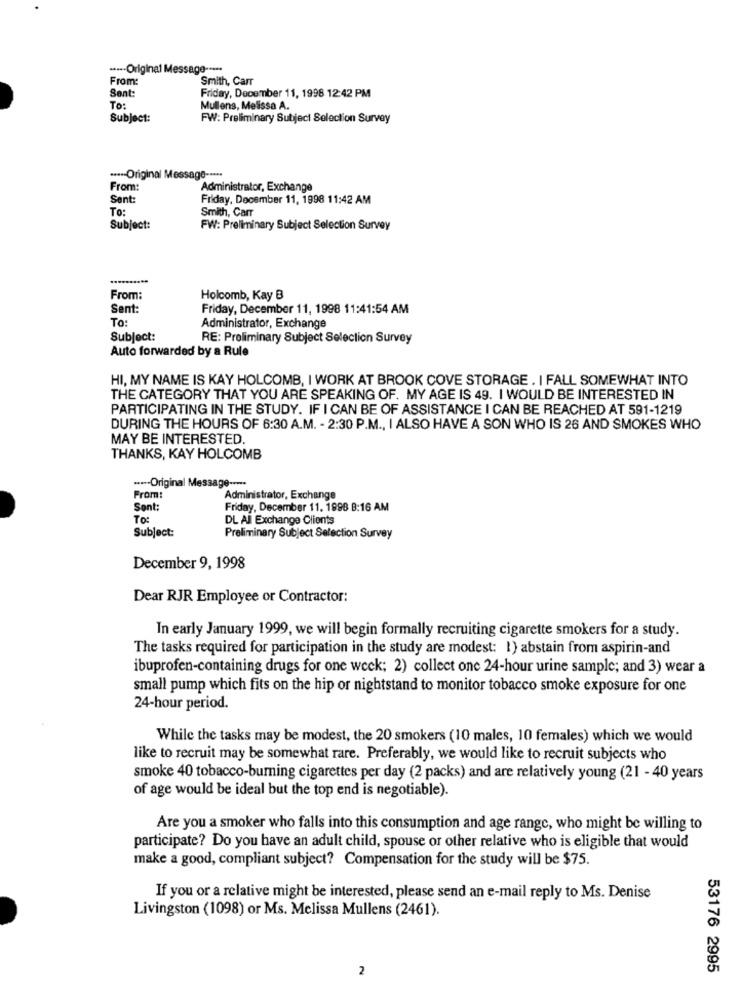
..... Original Message -....
From
Smith, Carr
Sent:
Friday, December 11, 1998 12:42 PM
To:
Mullens, Melissa A.
Subject:
FW: Preliminary Subject Selection Survey
····- Original Message -****
From:
Administrator, Exchange
Sent:
Friday, December 11, 1998 11:42 AM
To:
Smith, Carr
Subject:
FW: Preliminary Subject Selection Survey
From:
Holcomb, Kay B
Sent:
Friday, December 11, 1998 11:41:54 AM
To:
Administrator, Exchange
Subject:
RE: Preliminary Subject Selection Survey
Auto forwarded by a Rule
HI, MY NAME IS KAY HOLCOMB, I WORK AT BROOK COVE STORAGE . I FALL SOMEWHAT INTO
THE CATEGORY THAT YOU ARE SPEAKING OF. MY AGE IS 49. I WOULD BE INTERESTED IN
PARTICIPATING IN THE STUDY. IF I CAN BE OF ASSISTANCE I CAN BE REACHED AT 591-1219
DURING THE HOURS OF 6:30 A.M. - 2:30 P.M ., I ALSO HAVE A SON WHO IS 26 AND SMOKES WHO
MAY BE INTERESTED.
THANKS, KAY HOLCOMB
---- Original Message ----
From:
Administrator, Exchange
Sent:
Friday, December 11. 1998 B:16 AM
TO:
DL All Exchange Clients
Subject:
Preliminary Subject Selection Survey
December 9, 1998
Dear RJR Employee or Contractor:
In early January 1999, we will begin formally recruiting cigarette smokers for a study.
The tasks required for participation in the study are modest: 1) abstain from aspirin-and
ibuprofen-containing drugs for one week; 2) collect one 24-hour urine sample; and 3) wear a
small pump which fits on the hip or nightstand to monitor tobacco smoke exposure for one
24-hour period.
While the tasks may be modest, the 20 smokers (10 males, 10 females) which we would
like to recruit may be somewhat rare. Preferably, we would like to recruit subjects who
smoke 40 tobacco-burning cigarettes per day (2 packs) and are relatively young (21 - 40 years
of age would be ideal but the top end is negotiable).
Are you a smoker who falls into this consumption and age range, who might be willing to
participate? Do you have an adult child, spouse or other relative who is eligible that would
make a good, compliant subject? Compensation for the study will be $75.
If you or a relative might be interested, please send an e-mail reply to Ms. Denise
Livingston (1098) or Ms. Melissa Mullens (2461).
2
53176 2995